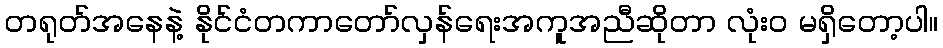
တရုတ်အနေနဲ့ နိုင်ငံတကာတော်လှန်ရေးအကူအညီဆိုတာ လုံးဝ မရှိတော့ပါ။